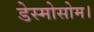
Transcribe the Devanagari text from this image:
डेस्मोसोम।